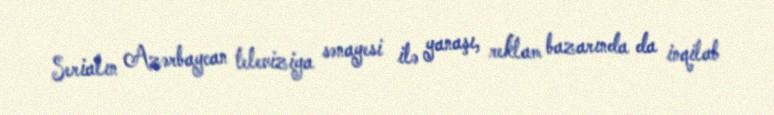
Serialın Azərbaycan televiziya sənayesi ilə yanaşı, reklam bazarında da inqilab